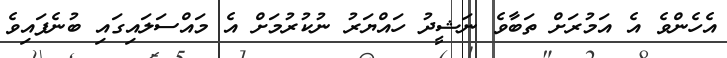
އެހެންވެ އެ އަމުރަށް ތަބާވެ ނަޝީދު ހައްޔަރު ނުކުރުމަށް އެ މައްސަލައިގައި ބުނެފައިވެ